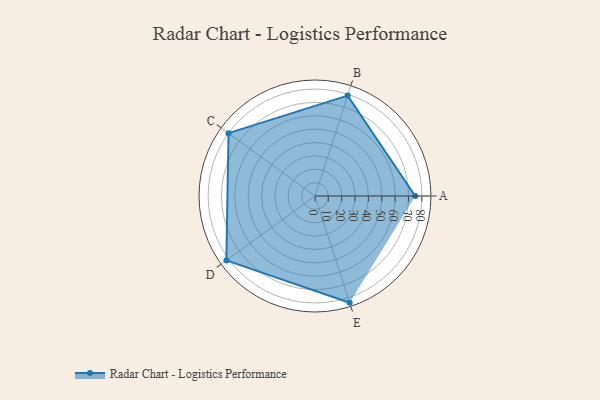
{"axis": {"x": "Skill", "y": "Score"}, "legend": ["Profile"], "data": [{"x": "A", "y": 75.0, "type": "Profile"}, {"x": "B", "y": 79.0, "type": "Profile"}, {"x": "C", "y": 80.0, "type": "Profile"}, {"x": "D", "y": 82.0, "type": "Profile"}, {"x": "E", "y": 84.0, "type": "Profile"}]}